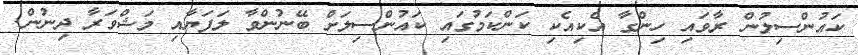
ކައުންސިލުން ރާވައި ހިންގާ އެކިއެކި ކަންކަމުގައި ކައުންސިލަށް ބޭނުންވާ ލަފަޔާއި މަޝްވަރާ ދިނުން.